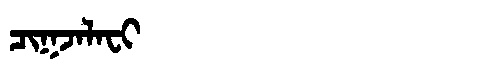
Manchu: ᠴᡳᡴᠵᠠᠯᠠᠸᡳ
Romanization: CIKJALAFI